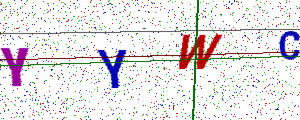
Text: YYWC